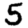
Digit: 5